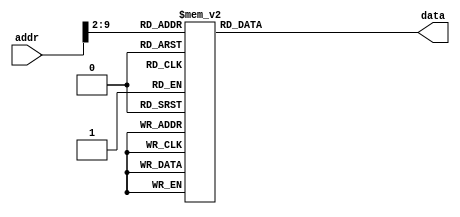
`timescale 1ns/1ns

module ROM (addr,data);
input [31:0] addr;
output [31:0] data;
reg [31:0] data;
localparam ROM_SIZE = 32;
reg [31:0] ROM_DATA[ROM_SIZE-1:0];

always@(*)
	case(addr[9:2])	//Address Must Be Word Aligned.
0:	data <= 32'b00001000000000000000000000000011;
1:	data <= 32'b00001000000000000000000000110000;
2:	data <= 32'b00001000000000000000000010001110;
3:	data <= 32'b00000000000000001110100000100000;
4:	data <= 32'b00111100000101110100000000000000;
5:	data <= 32'b00000000000000001011000000100111;
6:	data <= 32'b10101110111000000000000000001100;
7:	data <= 32'b10101110111101100000000000010100;
8:	data <= 32'b10101110111000000000000000001000;
9:	data <= 32'b00100010110010001001111001011000;
10:	data <= 32'b00100001000010001001111001011000;
11:	data <= 32'b10101110111010000000000000000000;
12:	data <= 32'b10101110111101100000000000000100;
13:	data <= 32'b00100000000010000000000000000011;
14:	data <= 32'b10101110111010000000000000001000;
15:	data <= 32'b10101110111010000000000000100000;
16:	data <= 32'b00000000000000001000000000100000;
17:	data <= 32'b10001110111010000000000000100000;
18:	data <= 32'b00100000000010010000000000001000;
19:	data <= 32'b00000001001010000101000000100100;
20:	data <= 32'b00010001010000001111111111111100;
21:	data <= 32'b00010110000000000000000000000011;
22:	data <= 32'b10001110111001000000000000011100;
23:	data <= 32'b00100000000100000000000000000001;
24:	data <= 32'b00001000000000000000000000010001;
25:	data <= 32'b10001110111001010000000000011100;
26:	data <= 32'b00001100000000000000000000100100;
27:	data <= 32'b00000000000000001000000000100000;
28:	data <= 32'b10101110111000100000000000001100;
29:	data <= 32'b10001110111010000000000000100000;
30:	data <= 32'b00100000000010010000000000010000;
31:	data <= 32'b00000001000010010101000000100100;
32:	data <= 32'b00000000000010100101000100000010;
33:	data <= 32'b00010101010000001111111111111011;
34:	data <= 32'b10101110111000100000000000011000;
35:	data <= 32'b00001000000000000000000000010001;
36:	data <= 32'b00000000100000000100000000100000;
37:	data <= 32'b00000000101000000100100000100000;
38:	data <= 32'b00010001000010010000000000000111;
39:	data <= 32'b00000001000010010101000000100010;
40:	data <= 32'b00011101010000000000000000000011;
41:	data <= 32'b00000001000000000101000000100000;
42:	data <= 32'b00000001001000000100000000100000;
43:	data <= 32'b00000001010000000100100000100000;
44:	data <= 32'b00000001000010010100000000100010;
45:	data <= 32'b00001000000000000000000000100110;
46:	data <= 32'b00000001000000000001000000100000;
47:	data <= 32'b00000011111000000000000000001000;
48:	data <= 32'b10001110111101010000000000001000;
49:	data <= 32'b00100010110101001111111111111010;
50:	data <= 32'b00000010100101011010100000100100;
51:	data <= 32'b10101110111101010000000000001000;
52:	data <= 32'b10101111101010000000000000000000;
53:	data <= 32'b10101111101010010000000000000100;
54:	data <= 32'b10101111101010100000000000001000;
55:	data <= 32'b10101111101010110000000000001100;
56:	data <= 32'b10101111101011000000000000010000;
57:	data <= 32'b10101111101011010000000000010100;
58:	data <= 32'b00100011101111010000000000010100;
59:	data <= 32'b10001110111010000000000000010100;
60:	data <= 32'b00000000000010000100001000000010;
61:	data <= 32'b00110000100010010000000011110000;
62:	data <= 32'b00000000000010010100100100000010;
63:	data <= 32'b00100000000010100000000000001110;
64:	data <= 32'b00100000000010110000000000000111;
65:	data <= 32'b00010001000010100000000000001101;
66:	data <= 32'b00110000100010010000000000001111;
67:	data <= 32'b00100000000010100000000000000111;
68:	data <= 32'b00100000000010110000000000001011;
69:	data <= 32'b00010001000010100000000000001001;
70:	data <= 32'b00110000101010010000000011110000;
71:	data <= 32'b00000000000010010100100100000010;
72:	data <= 32'b00100000000010100000000000001011;
73:	data <= 32'b00100000000010110000000000001101;
74:	data <= 32'b00010001000010100000000000000100;
75:	data <= 32'b00110000101010010000000000001111;
76:	data <= 32'b00100000000010100000000000001101;
77:	data <= 32'b00100000000010110000000000001110;
78:	data <= 32'b00010001000010100000000000000000;
79:	data <= 32'b00100000000011000000000011000000;
80:	data <= 32'b00100000000011010000000000000000;
81:	data <= 32'b00010001001011010000000000101101;
82:	data <= 32'b00100000000011000000000011111001;
83:	data <= 32'b00100000000011010000000000000001;
84:	data <= 32'b00010001001011010000000000101010;
85:	data <= 32'b00100000000011000000000010100100;
86:	data <= 32'b00100000000011010000000000000010;
87:	data <= 32'b00010001001011010000000000100111;
88:	data <= 32'b00100000000011000000000010110000;
89:	data <= 32'b00100000000011010000000000000011;
90:	data <= 32'b00010001001011010000000000100100;
91:	data <= 32'b00100000000011000000000010011001;
92:	data <= 32'b00100000000011010000000000000100;
93:	data <= 32'b00010001001011010000000000100001;
94:	data <= 32'b00100000000011000000000010010010;
95:	data <= 32'b00100000000011010000000000000101;
96:	data <= 32'b00010001001011010000000000011110;
97:	data <= 32'b00100000000011000000000010000010;
98:	data <= 32'b00100000000011010000000000000110;
99:	data <= 32'b00010001001011010000000000011011;
100:	data <= 32'b00100000000011000000000011111000;
101:	data <= 32'b00100000000011010000000000000111;
102:	data <= 32'b00010001001011010000000000011000;
103:	data <= 32'b00100000000011000000000010000000;
104:	data <= 32'b00100000000011010000000000001000;
105:	data <= 32'b00010001001011010000000000010101;
106:	data <= 32'b00100000000011000000000010010000;
107:	data <= 32'b00100000000011010000000000001001;
108:	data <= 32'b00010001001011010000000000010010;
109:	data <= 32'b00100000000011000000000010001000;
110:	data <= 32'b00100000000011010000000000001010;
111:	data <= 32'b00010001001011010000000000001111;
112:	data <= 32'b00100000000011000000000010000011;
113:	data <= 32'b00100000000011010000000000001011;
114:	data <= 32'b00010001001011010000000000001100;
115:	data <= 32'b00100000000011000000000011000110;
116:	data <= 32'b00100000000011010000000000001100;
117:	data <= 32'b00010001001011010000000000001001;
118:	data <= 32'b00100000000011000000000010100001;
119:	data <= 32'b00100000000011010000000000001101;
120:	data <= 32'b00010001001011010000000000000110;
121:	data <= 32'b00100000000011000000000010000110;
122:	data <= 32'b00100000000011010000000000001110;
123:	data <= 32'b00010001001011010000000000000011;
124:	data <= 32'b00100000000011000000000010001110;
125:	data <= 32'b00100000000011010000000000001111;
126:	data <= 32'b00010001001011010000000000000000;
127:	data <= 32'b00000000000010110101101000000000;
128:	data <= 32'b00000001011011000100000000100000;
129:	data <= 32'b10101110111010000000000000010100;
130:	data <= 32'b10001111101011010000000000000000;
131:	data <= 32'b10001111101011001111111111111100;
132:	data <= 32'b10001111101010111111111111111000;
133:	data <= 32'b10001111101010101111111111110100;
134:	data <= 32'b10001111101010011111111111110000;
135:	data <= 32'b10001111101010001111111111101100;
136:	data <= 32'b00100011101111011111111111101100;
137:	data <= 32'b10001110111101010000000000001000;
138:	data <= 32'b00100000000101000000000000000010;
139:	data <= 32'b00000010100101011010100000100101;
140:	data <= 32'b10101110111101010000000000001000;
141:	data <= 32'b00000011010000000000000000001000;
142:	data <= 32'b00000000000000000000000000000000;


	   default:	data <= 32'b00000011010000000000000000001000;
	endcase
endmodule